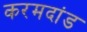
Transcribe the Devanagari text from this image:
करमदांड